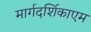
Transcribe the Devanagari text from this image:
मार्गदर्शिकाएम